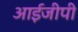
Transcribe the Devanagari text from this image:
आईजीपी